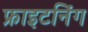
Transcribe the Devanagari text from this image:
फ्राइटनिंग